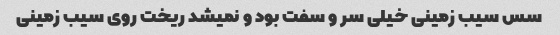
سس سیب زمینی خیلی سر و سفت بود و نمیشد ریخت روی سیب زمینی